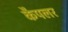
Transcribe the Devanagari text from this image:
कैपलर